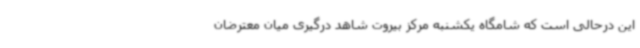
این درحالی است که شامگاه یکشنبه مرکز بیروت شاهد درگیری میان معترضان